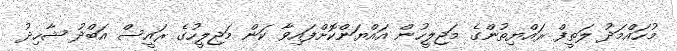
މުހައްމަދު ލަތީފް ރައްޔިތުންގެ މަޖިލީހުން އައްޔަންކޮށްފައިވާ ކަން މަޖިލީހުގެ ރައީސް އަބްދު ޝާހިދު